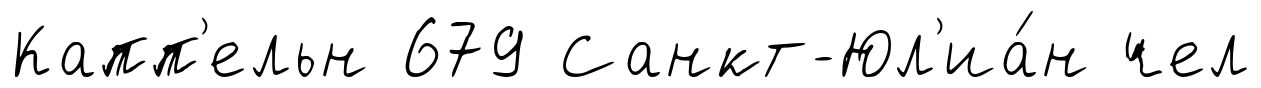
Капп'ельн 679 Санкт-Юл'иа́н чел